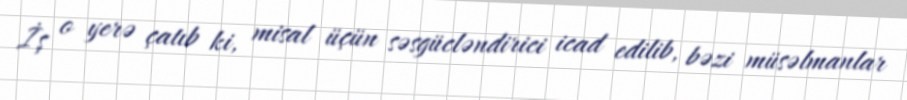
İş o yerə çatıb ki, misal üçün səsgücləndirici icad edilib, bəzi müsəlmanlar